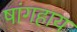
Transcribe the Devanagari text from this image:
षांगहाय